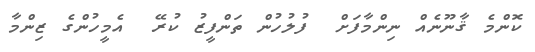
ކޮންމެ ޤާނޫނެއް ނިންމާފަށް  ފުލުހުން ތަންފީޒު ކުރޭ  އެމީހުންގެ ޒިންމާ